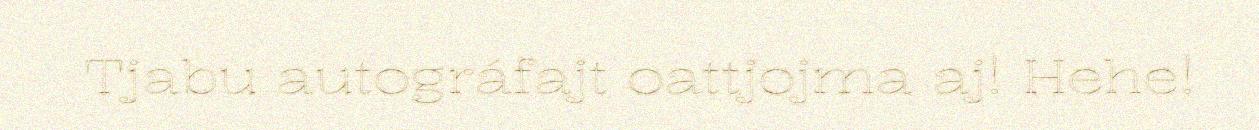
Tjabu autográfajt oattjojma aj! Hehe!